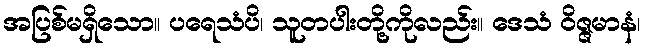
အပြစ်မရှိသော။ ပရေသံပိ၊ သူတပါးတို့ကိုလည်း။ ဒေသံ ဝိဇ္ဇမာနံ၊